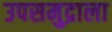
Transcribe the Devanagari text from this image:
उपसमुद्राला